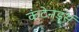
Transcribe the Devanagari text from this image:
कंटेनडर्स